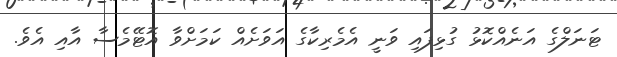
ޓަނަލްގެ އަނެއްކޮޅު ގުޅިފައި ވަނީ އެމެރިކާގެ އަވަށެއް ކަމަށްވާ އޮޓޭމެސާ އާއި އެވެ.